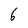
Character: 6